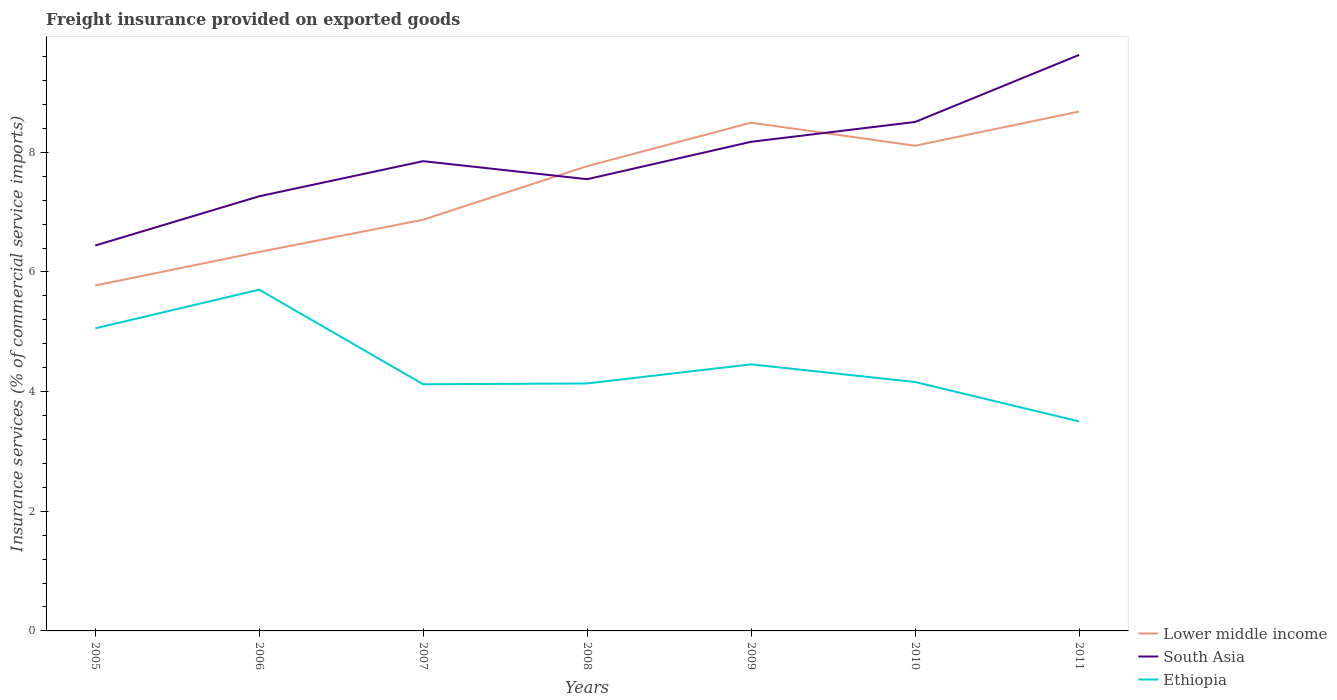
| Years | Lower middle income | South Asia | Ethiopia |
 | --- | --- | --- | --- |
 | 2005 | 5.77 | 6.44 | 5.06 |
 | 2006 | 6.33 | 7.27 | 5.7 |
 | 2007 | 6.87 | 7.85 | 4.12 |
 | 2008 | 7.77 | 7.55 | 4.14 |
 | 2009 | 8.5 | 8.18 | 4.46 |
 | 2010 | 8.11 | 8.51 | 4.16 |
 | 2011 | 8.68 | 9.63 | 3.5 |